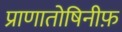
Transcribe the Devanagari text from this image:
प्राणातोषिनीफ़